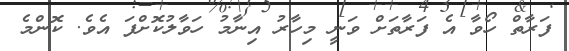
ފަރާތް ހޯވާ އެ ފަރާތަށް ވަނީ މިހާރު އިނާމު ހަވާލުކޮށްފަ އެވެ. ކޮންމެ